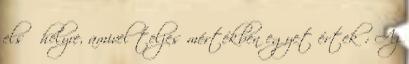
első helyre, amivel teljes mértékben egyet értek : Az